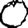
Digit: 0